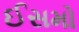
ઈસમો